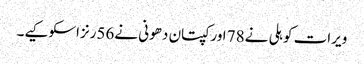
ویرات کوہلی نے78 اورکپتان دھونی نے56رنزاسکوکیے۔